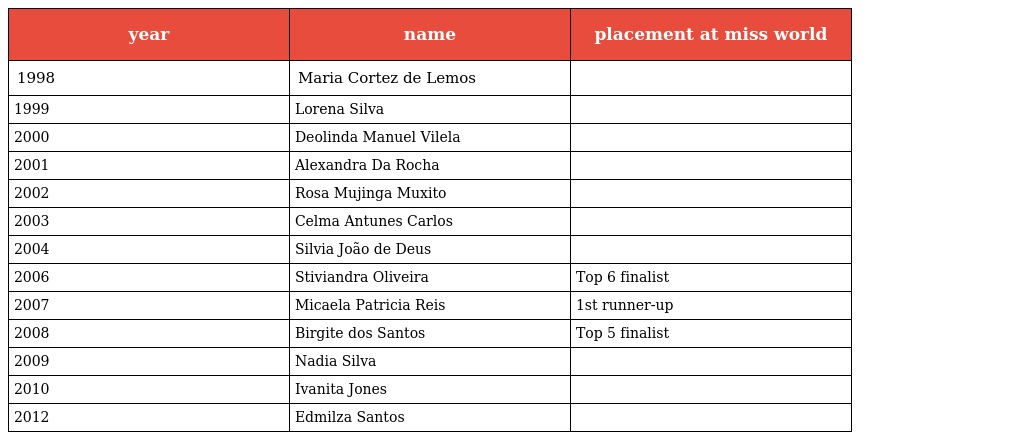
| year | name | placement at miss world |
 | --- | --- | --- |
 | 1998 | Maria Cortez de Lemos |  |
 | 1999 | Lorena Silva |  |
 | 2000 | Deolinda Manuel Vilela |  |
 | 2001 | Alexandra Da Rocha |  |
 | 2002 | Rosa Mujinga Muxito |  |
 | 2003 | Celma Antunes Carlos |  |
 | 2004 | Silvia João de Deus |  |
 | 2006 | Stiviandra Oliveira | Top 6 finalist |
 | 2007 | Micaela Patricia Reis | 1st runner-up |
 | 2008 | Birgite dos Santos | Top 5 finalist |
 | 2009 | Nadia Silva |  |
 | 2010 | Ivanita Jones |  |
 | 2012 | Edmilza Santos |  |